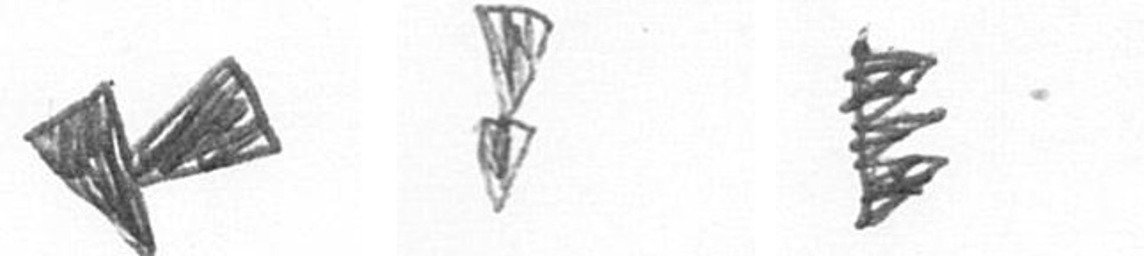
F Z H